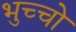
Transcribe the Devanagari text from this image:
भुच्चो